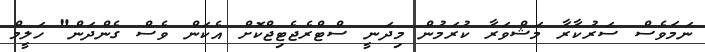
ނަމަވެސް ސަރުކާރާ މަޝްވަރާ ކުރަމުން މިދަނީ ސްޓްރެޖެޓިޖްކޮށް އެކަން ވެސް ގެންދަން" ހަލީމް